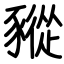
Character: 豵